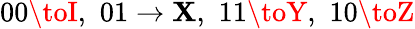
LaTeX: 00\toI,\, \, 01\to\mathbf{X},\, \, 11\toY,\, \, 10\toZ